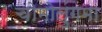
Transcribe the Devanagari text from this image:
चोमोलुंगमा